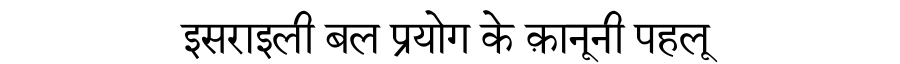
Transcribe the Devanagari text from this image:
इसराइली बल प्रयोग के क़ानूनी पहलू